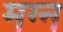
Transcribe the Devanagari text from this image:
मग्‍न